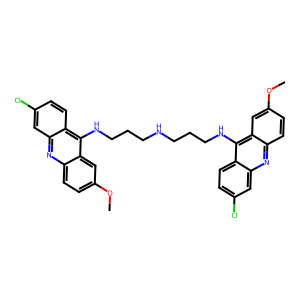
SMILES: COc1ccc2nc3cc(Cl)ccc3c(NCCCNCCCNc3c4ccc(Cl)cc4nc4ccc(OC)cc34)c2c1
Inhibits HIV replication: No